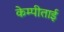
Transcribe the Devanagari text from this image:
केम्पीताई